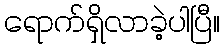
ရောက်ရှိလာခဲ့ပါပြီ။